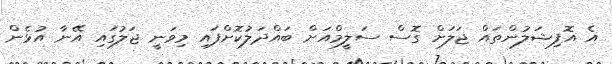
އެ އޮފިޝަލުންތައް ޖަލަށް ގޮސް ސަލީމްއަށް ބައްދަލުކޮށްފައި މިވަނީ ޖަލުގައި އޭނާ އުޅެން